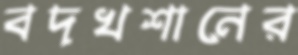
বদখশানের